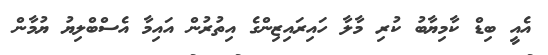
އެއީ ބިޑް ކާމިޔާބު ކުރި މާލާ ހައިރައިޒިންގެ އިތުރުން އައިމާ އެސްބްލިޔު ޔުމާން